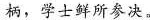
柄，学士鲜所参决。